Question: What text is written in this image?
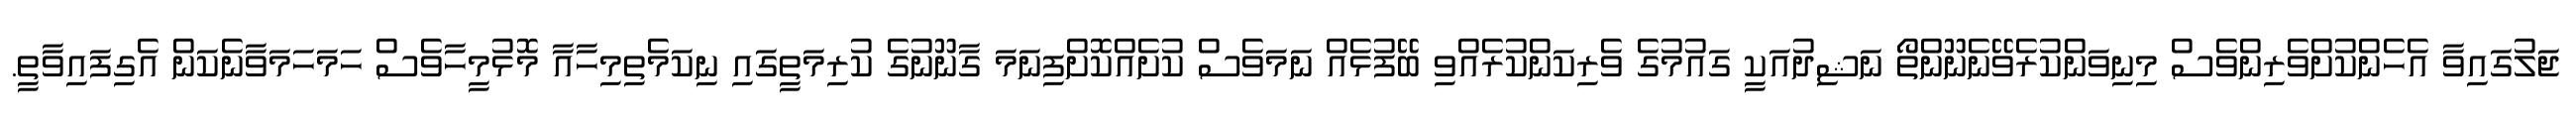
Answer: ޖަލުގައިވާ އެހެންކުށްވެރިންވެސް މިނިވަންކުރެވޭނެނޫންތޯ ނަޝިދުއަކީ ގައުމުގެ ވެރިކަންކުރެއްވި ބޭފުޅެއް ނަމަވެސް ކުށެއްކޮށްފިނަމަ ގާނޫނުގެ ކުރިމަތީގައި ނިކަމެތިމިހާއާ މޮޅުމީހާވެސް ހަމަހަމަވާނެކަން އެގިފައިވާތީ.